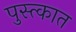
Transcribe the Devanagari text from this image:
पुस्त्कात